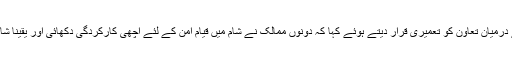
جنرل حاتمی نے شام سے متعلق ایران اور روس کے درمیان تعاون کو تعمیری قرار دیتے ہوئے کہا کہ دونوں ممالک نے شام میں قیام امن کے لئے اچھی کارکردگی دکھائی اور یقینا شام کی تعمیر نو کے لئے بھی مل کر تعاون کریں گے۔